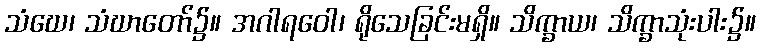
သံဃေ၊ သံဃာတော်၌။ အဂါရဝေါ၊ ရိုသေခြင်းမရှိ။ သိက္ခာယ၊ သိက္ခာသုံးပါး၌။